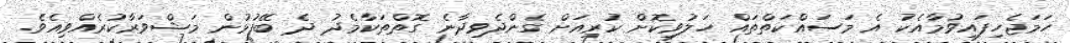
ހަމަޖެހިފައިވުމާއެކު އެ މަސައްކަތްތައް ހަލުވިކޮށް ކުރިއަށް ގެންދެވިދާނެ ގޮތްތަކާމެދު ދެ ބޭފުޅުން މަޝްވަރާކުރެއްވިއެވެ.